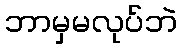
ဘာမှမလုပ်ဘဲ